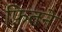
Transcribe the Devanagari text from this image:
फ़ितने